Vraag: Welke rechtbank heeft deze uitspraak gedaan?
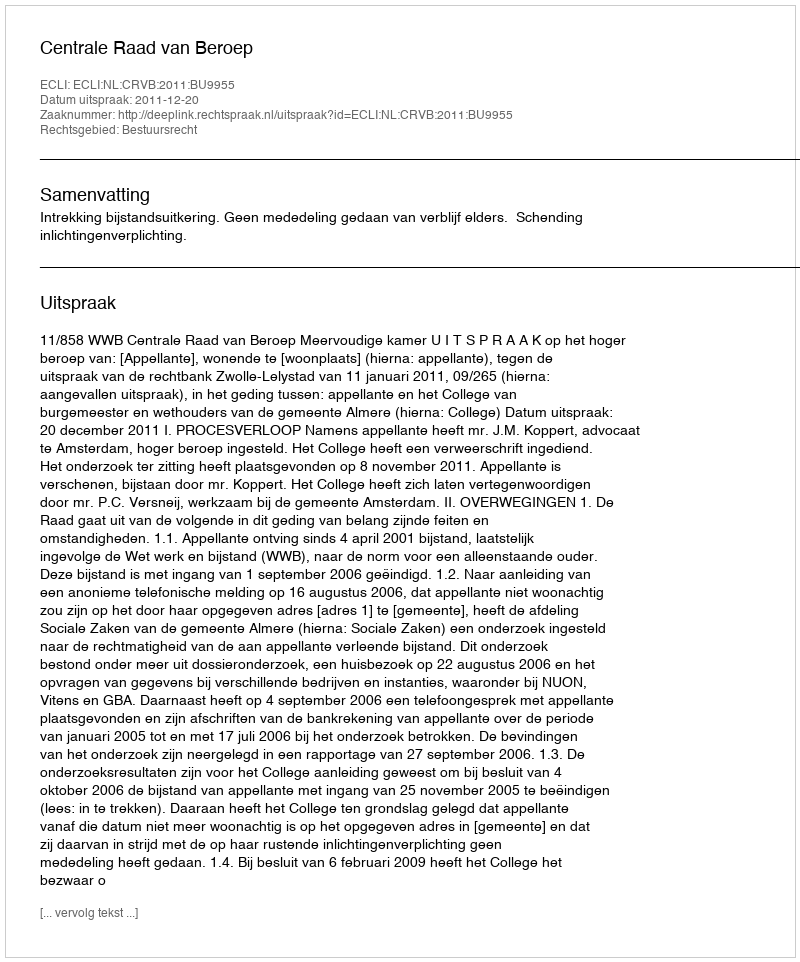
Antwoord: Centrale Raad van Beroep